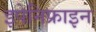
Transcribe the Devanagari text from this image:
इपेनिफ्राइन